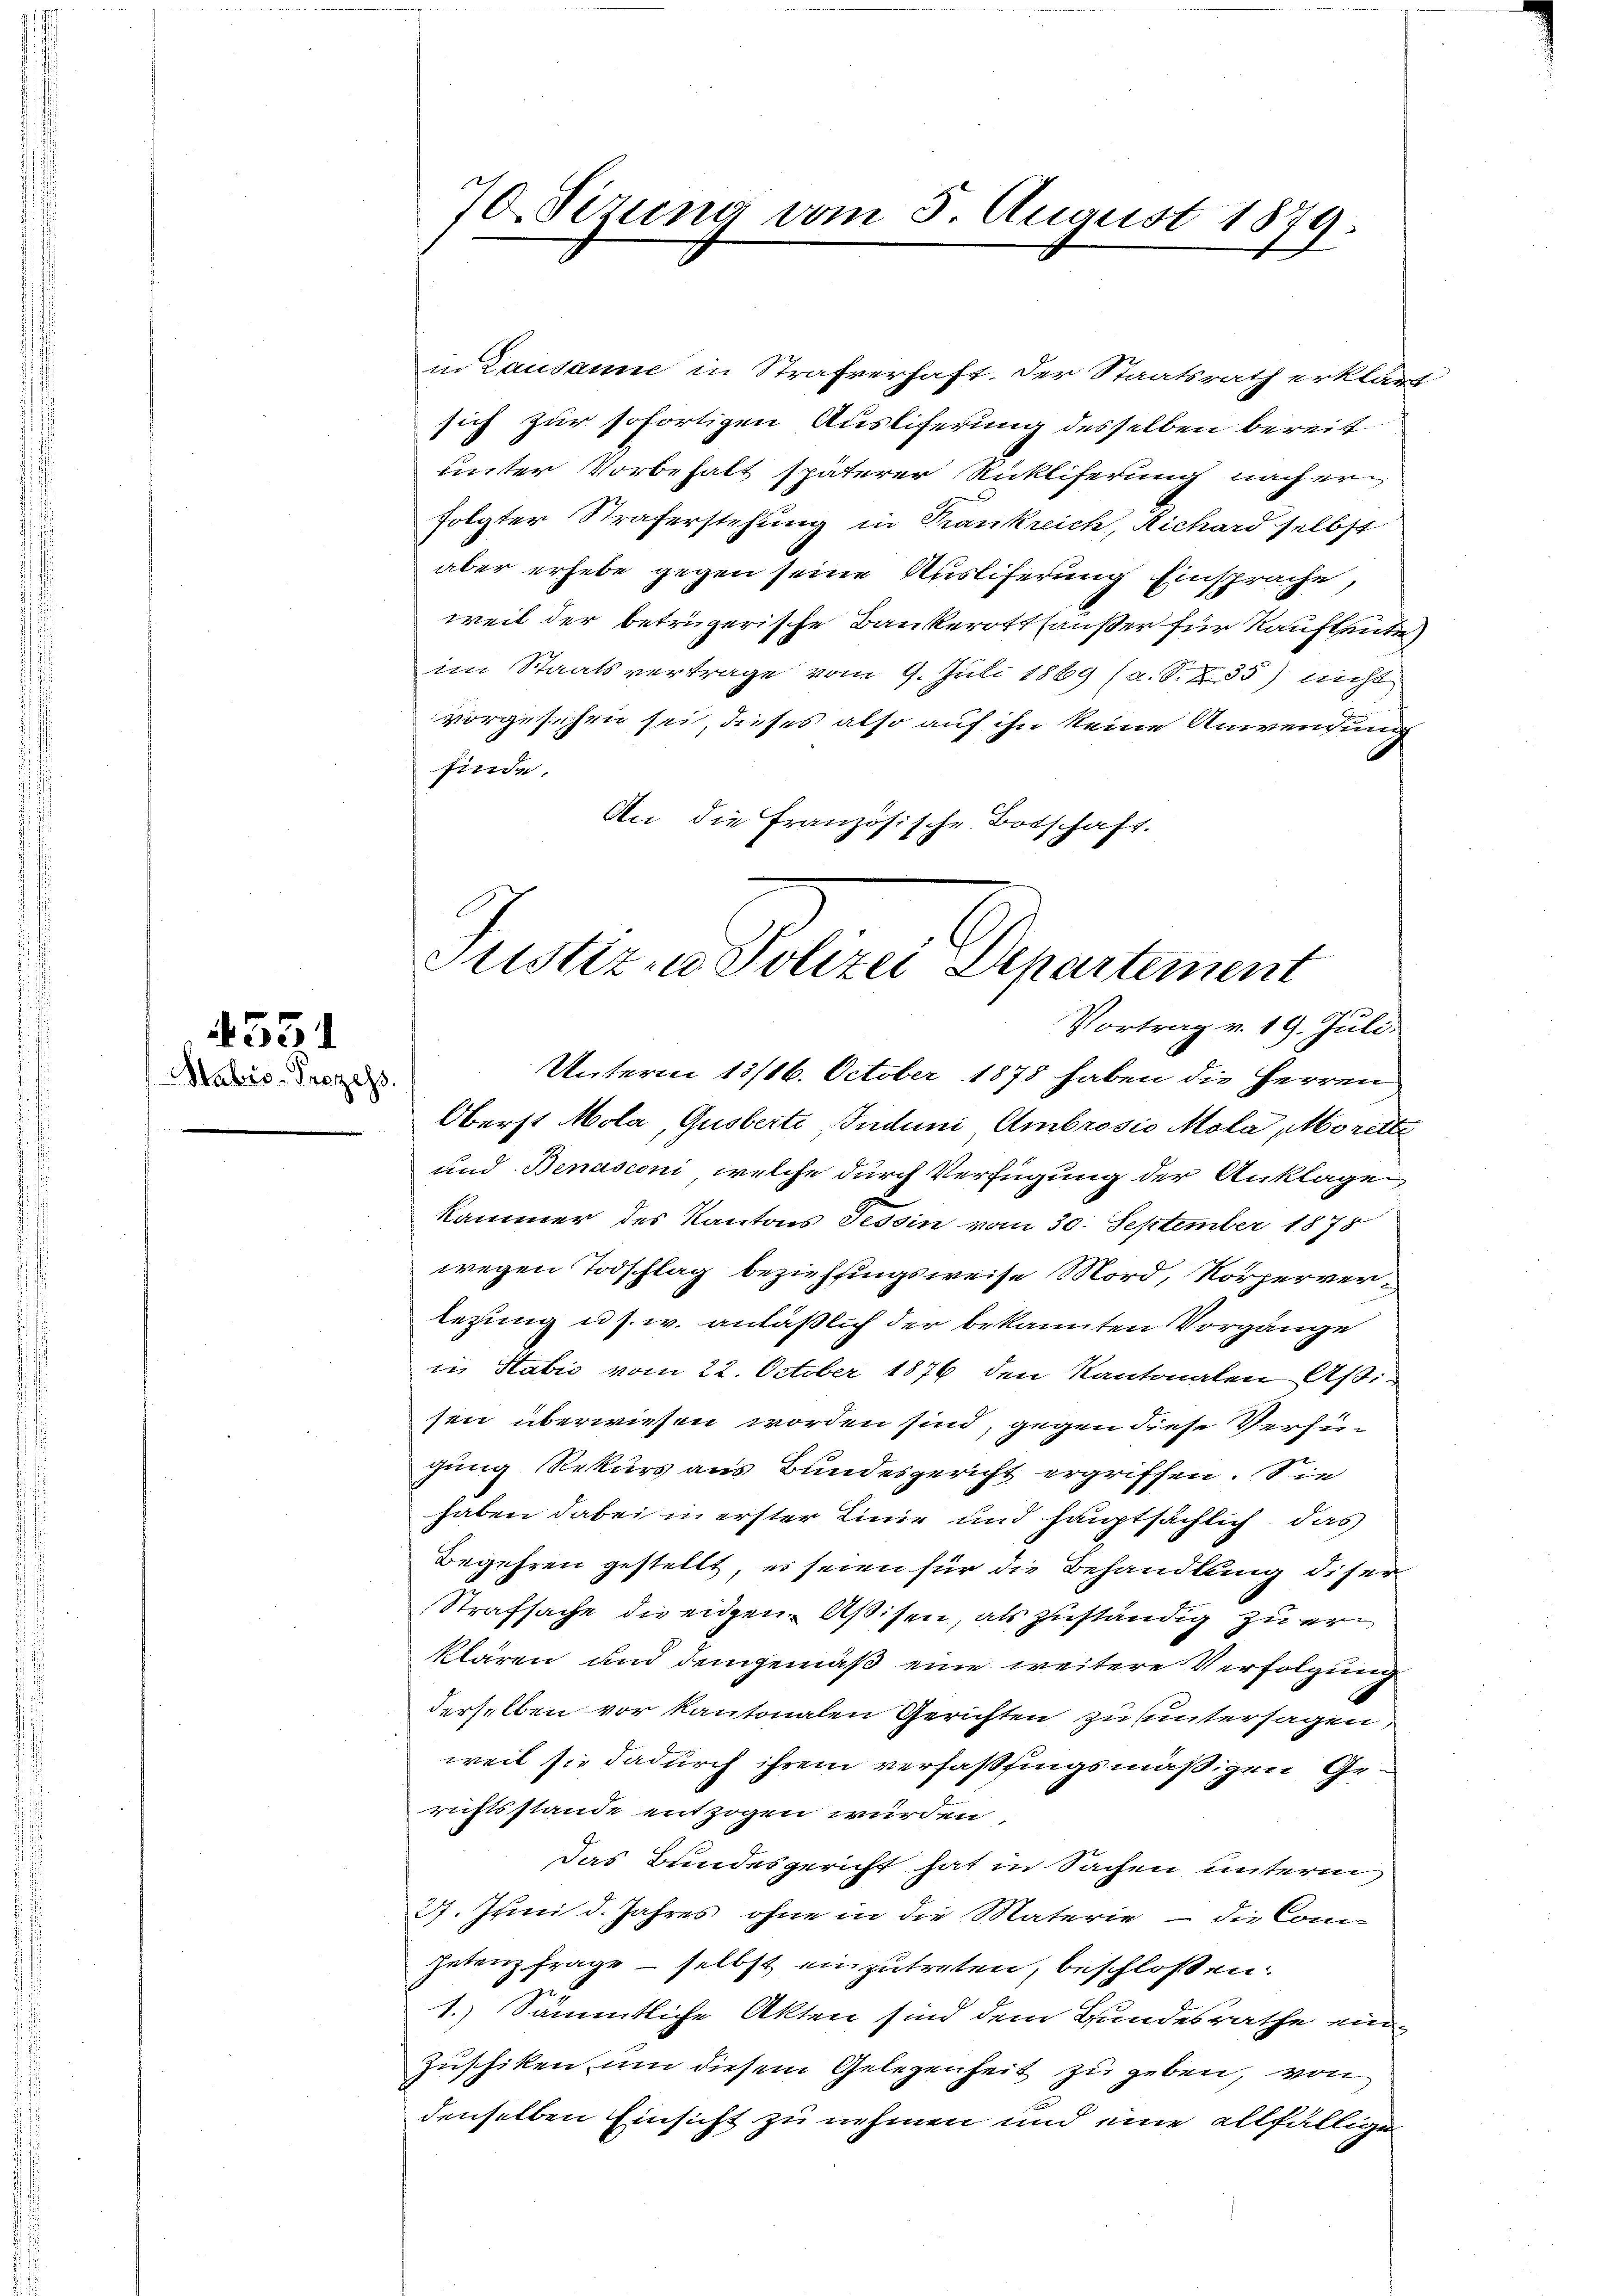
4551
Stabis-Prozess

in Lausanne in Strafverhaft. Der Staatsrath erklärt
sich zur sofortigen Ausliferung desselben bereit
unter Vorbehalt späterer Rückliferung nach erfolgter Straferstehung in Krankreich, Richard selbst
aber erhebe gegen seine Auslieferung Einsprache,
weil der betrügerische Bankerotshaußer für Kauftente
im Staatsvertrage vom 9. Juli 1869 (a. S. 235) nicht
vorgesehen sei, dieses also auf ihn keine Anwendung
finde.
An die Französische Botschaft.

70. Sezung vom 5. August 1879.

Justizen Polizei Departement
Vortrag v. 19. Juli.
Unterm 13/16. October 1878 haben die Herren

Oberst Mola, Gusberte Induni Ambrosio Mola, Morelte
und Benasconi, welche durch Verfügung der Anklagen,
kammer des Kantons Tessin vom 30. September 1875
wegen Todschlag beziehungsweise Mord, Körperverlezung u. s. w. anläßlich der bekannten Vorgänge
in Stabić vom 22. October 1876 den Kantonalen Aßisen überwiesen worden sind, gegen diese Verfügung Rekurs aus Bundesgericht ergriffen. Sie
haben dabei in erster Linie und hauptsächlich, das
Begehren gestellt, es seien für die Behandlung diser
Strafsache die eidgen. Aßisen, als zuständig zu erklären und demgemäß eine weitere Verfolgung
derselben vor kantonalen Gerichten zu untersagen,
weil sie dadurch ihrem verfassingsmäßigen Gerichtsstande entzogen würden.
das Bundesgericht hat in Sachen unterm
27. Juni d. Jahres ohne in die Materie – die Con
petenzfrage – selbst einzutreten, beschlossen:
1.) Sämmtliche Akten sind dem Bundesrathe ein¬
Zuschiken um diesem Gelegenheit zu geben, von
denselben Einsicht zu nehmen und eine allfällige